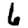
Digit: 6